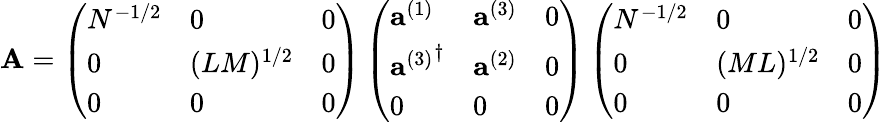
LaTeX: {\mathbf A}=\left(\begin{array}{lll}{{N^{-1/2}}}&{{0}}&{{0}}\\ {{0}}&{{(LM)^{1/2}}}&{{0}}\\ {{0}}&{{0}}&{{0}}\end{array}\right)\left(\begin{array}{lll}{{{\mathbf a}^{(1)}}}&{{{\mathbf a}^{(3)}}}&{{0}}\\ {{{{\mathbf a}^{(3)}}^{\dagger}}}&{{{\mathbf a}^{(2)}}}&{{0}}\\ {{0}}&{{0}}&{{0}}\end{array}\right)\left(\begin{array}{lll}{{N^{-1/2}}}&{{0}}&{{0}}\\ {{0}}&{{(ML)^{1/2}}}&{{0}}\\ {{0}}&{{0}}&{{0}}\end{array}\right)